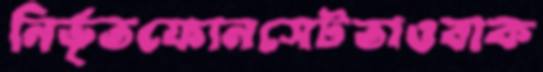
নির্ভৃতফোনসেটতাওবাক